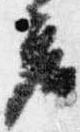
座